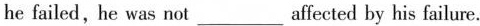
he failed, he was not ___ affected by his failure.